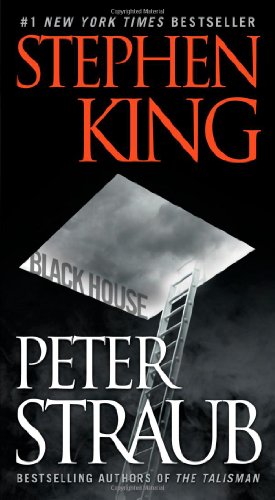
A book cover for Black House (Pocket Books Fiction); Stephen King; Mystery, Thriller & Suspense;